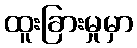
ထူးခြားမှုမှာ